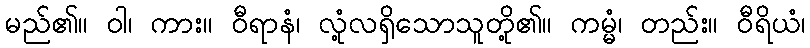
မည်၏။ ဝါ၊ ကား။ ဝီရာနံ၊ လုံ့လရှိသောသူတို့၏။ ကမ္မံ၊ တည်း။ ဝီရိယံ၊